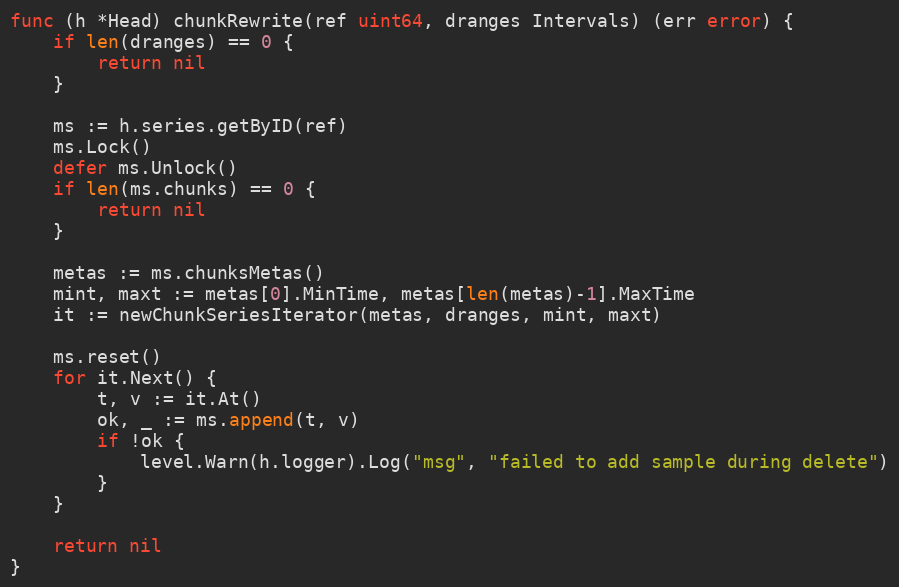
Language: Go
func (h *Head) chunkRewrite(ref uint64, dranges Intervals) (err error) {
	if len(dranges) == 0 {
		return nil
	}

	ms := h.series.getByID(ref)
	ms.Lock()
	defer ms.Unlock()
	if len(ms.chunks) == 0 {
		return nil
	}

	metas := ms.chunksMetas()
	mint, maxt := metas[0].MinTime, metas[len(metas)-1].MaxTime
	it := newChunkSeriesIterator(metas, dranges, mint, maxt)

	ms.reset()
	for it.Next() {
		t, v := it.At()
		ok, _ := ms.append(t, v)
		if !ok {
			level.Warn(h.logger).Log("msg", "failed to add sample during delete")
		}
	}

	return nil
}